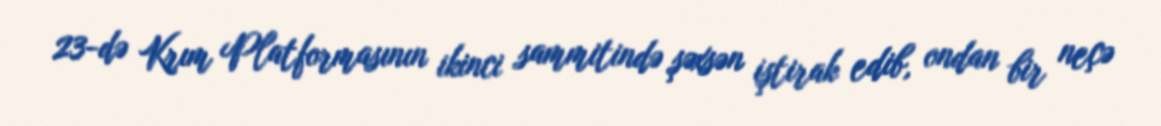
23-də Krım Platformasının ikinci sammitində şəxsən iştirak edib, ondan bir neçə